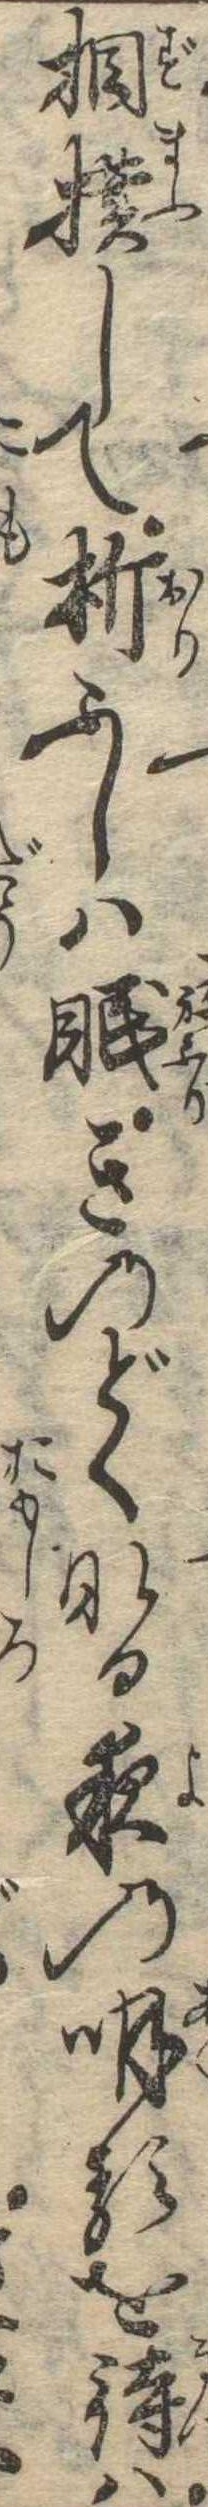
相撲して折ふしは眠きのどくなる夜の明るを待は